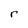
Character: r